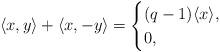
LaTeX: \begin{align*} \langle x,y\rangle + \langle x,-y \rangle = \begin{cases} (q-1)\langle x \rangle_{}, & \\ 0, & \end{cases} \end{align*}